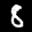
Label: 8